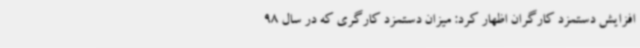
افزایش دستمزد کارگران اظهار ‌کرد: میزان دستمزد کارگری که در سال 98